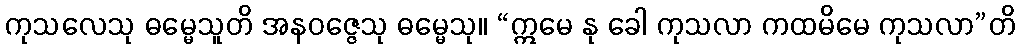
ကုသလေသု ဓမ္မေသူတိ အနဝဇ္ဇေသု ဓမ္မေသု။ “ဣမေ နု ခေါ ကုသလာ ကထမိမေ ကုသလာ”တိ